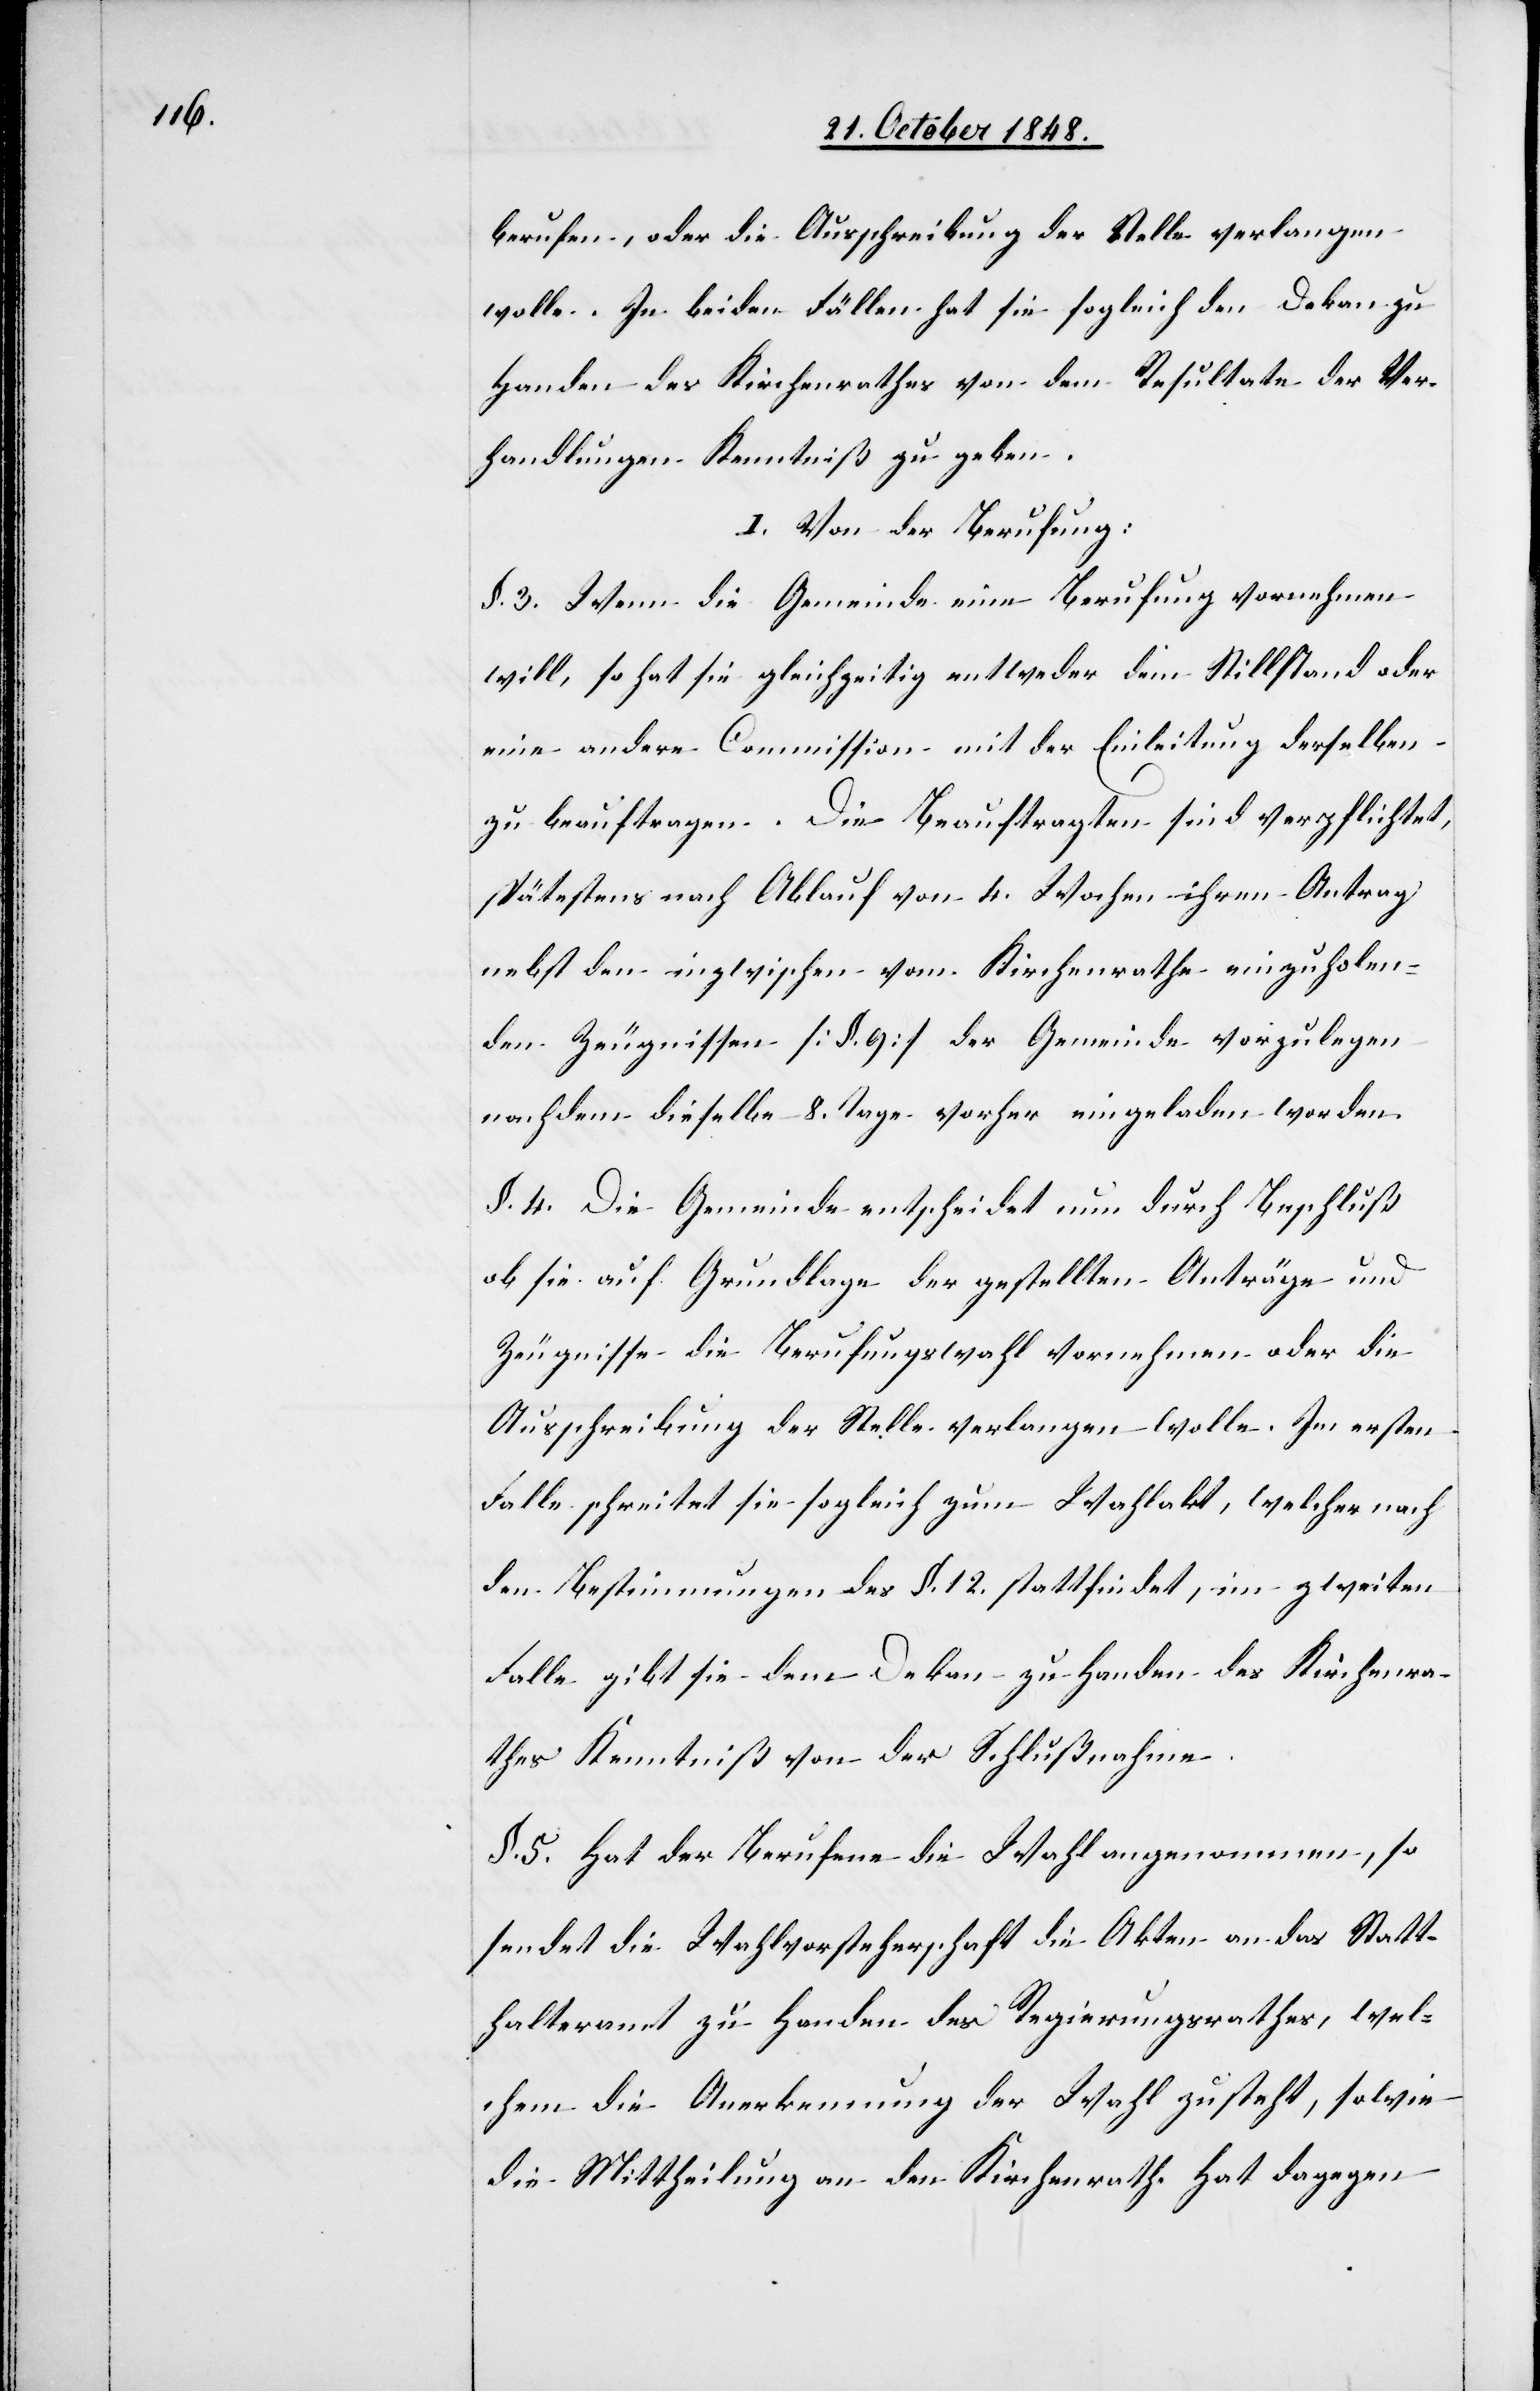
berufen, oder die Ausschreibung der Stelle verlangen
wolle. In beiden Fällen hat sie sogleich den Dekan zu
Handen des Kirchenrathes von dem Resultate der Ver¬
handlungen Kenntniß zu geben.
I. Von der Berufung.
§. 3. Wenn die Gemeinde eine Berufung vornehmen
will, so hat sie gleichzeitig entweder dem Stillstand oder
eine andere Commission mit der Einleitung derselben
zu beauftragen. Die Beauftragten sind verpflichtet,
spätestens nach Ablauf von 4. Wochen ihrem Antrag
nebst den inzwischen vom Kirchenrathe einzuholen¬
den Zeugnissen [§. 9.] der Gemeinde vorzulegen
nachdem dieselbe 8. Tage vorher eingeladen worden.
§. 4. Die Gemeinde entscheidet nun durch Beschluß
ob sie auf Grundlage der gestellten Anträge und
Zeugnisse die Berufungswahl vornehmen oder die
Ausschreibung der Stelle verlangen wolle. Im ersten
Falle schreitet sie sogleich zum Wahlakt, welcher nach
den Bestimmungen des §. 12. stattfindet, im zweiten
Falle gibt sie dem Dekan zu Handen des Kirchenra¬
thes Kenntniß von der Schlußnahme.
§. 5. Hat der Berufene die Wahl angenommen, so
sendet die Wahlvorsteherschaft die Akten an das Statt¬
halteramt zu Handen des Regierungsrathes, wel¬
chem die Anerkennung der Wahl zusteht, sowie
die Mittheilung an den Kirchenrath. Hat dagegen